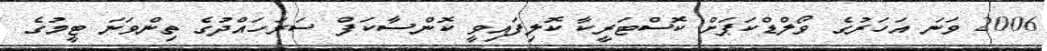
2006 ވަނަ އަހަރުގެ ވޯލްޑްކަޕަށް ކޮސްޓަރީކާ ކޮލިފައިވީ ކޮންސާކަފް ސަރަހައްދުގެ ތިންވަނަ ޓީމުގެ